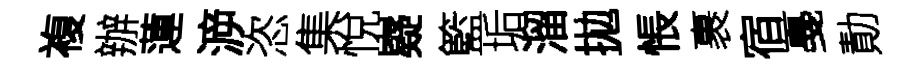
複辦蓮㴑恣集悅嶷籃垢溜拋悵裹宿戞勣